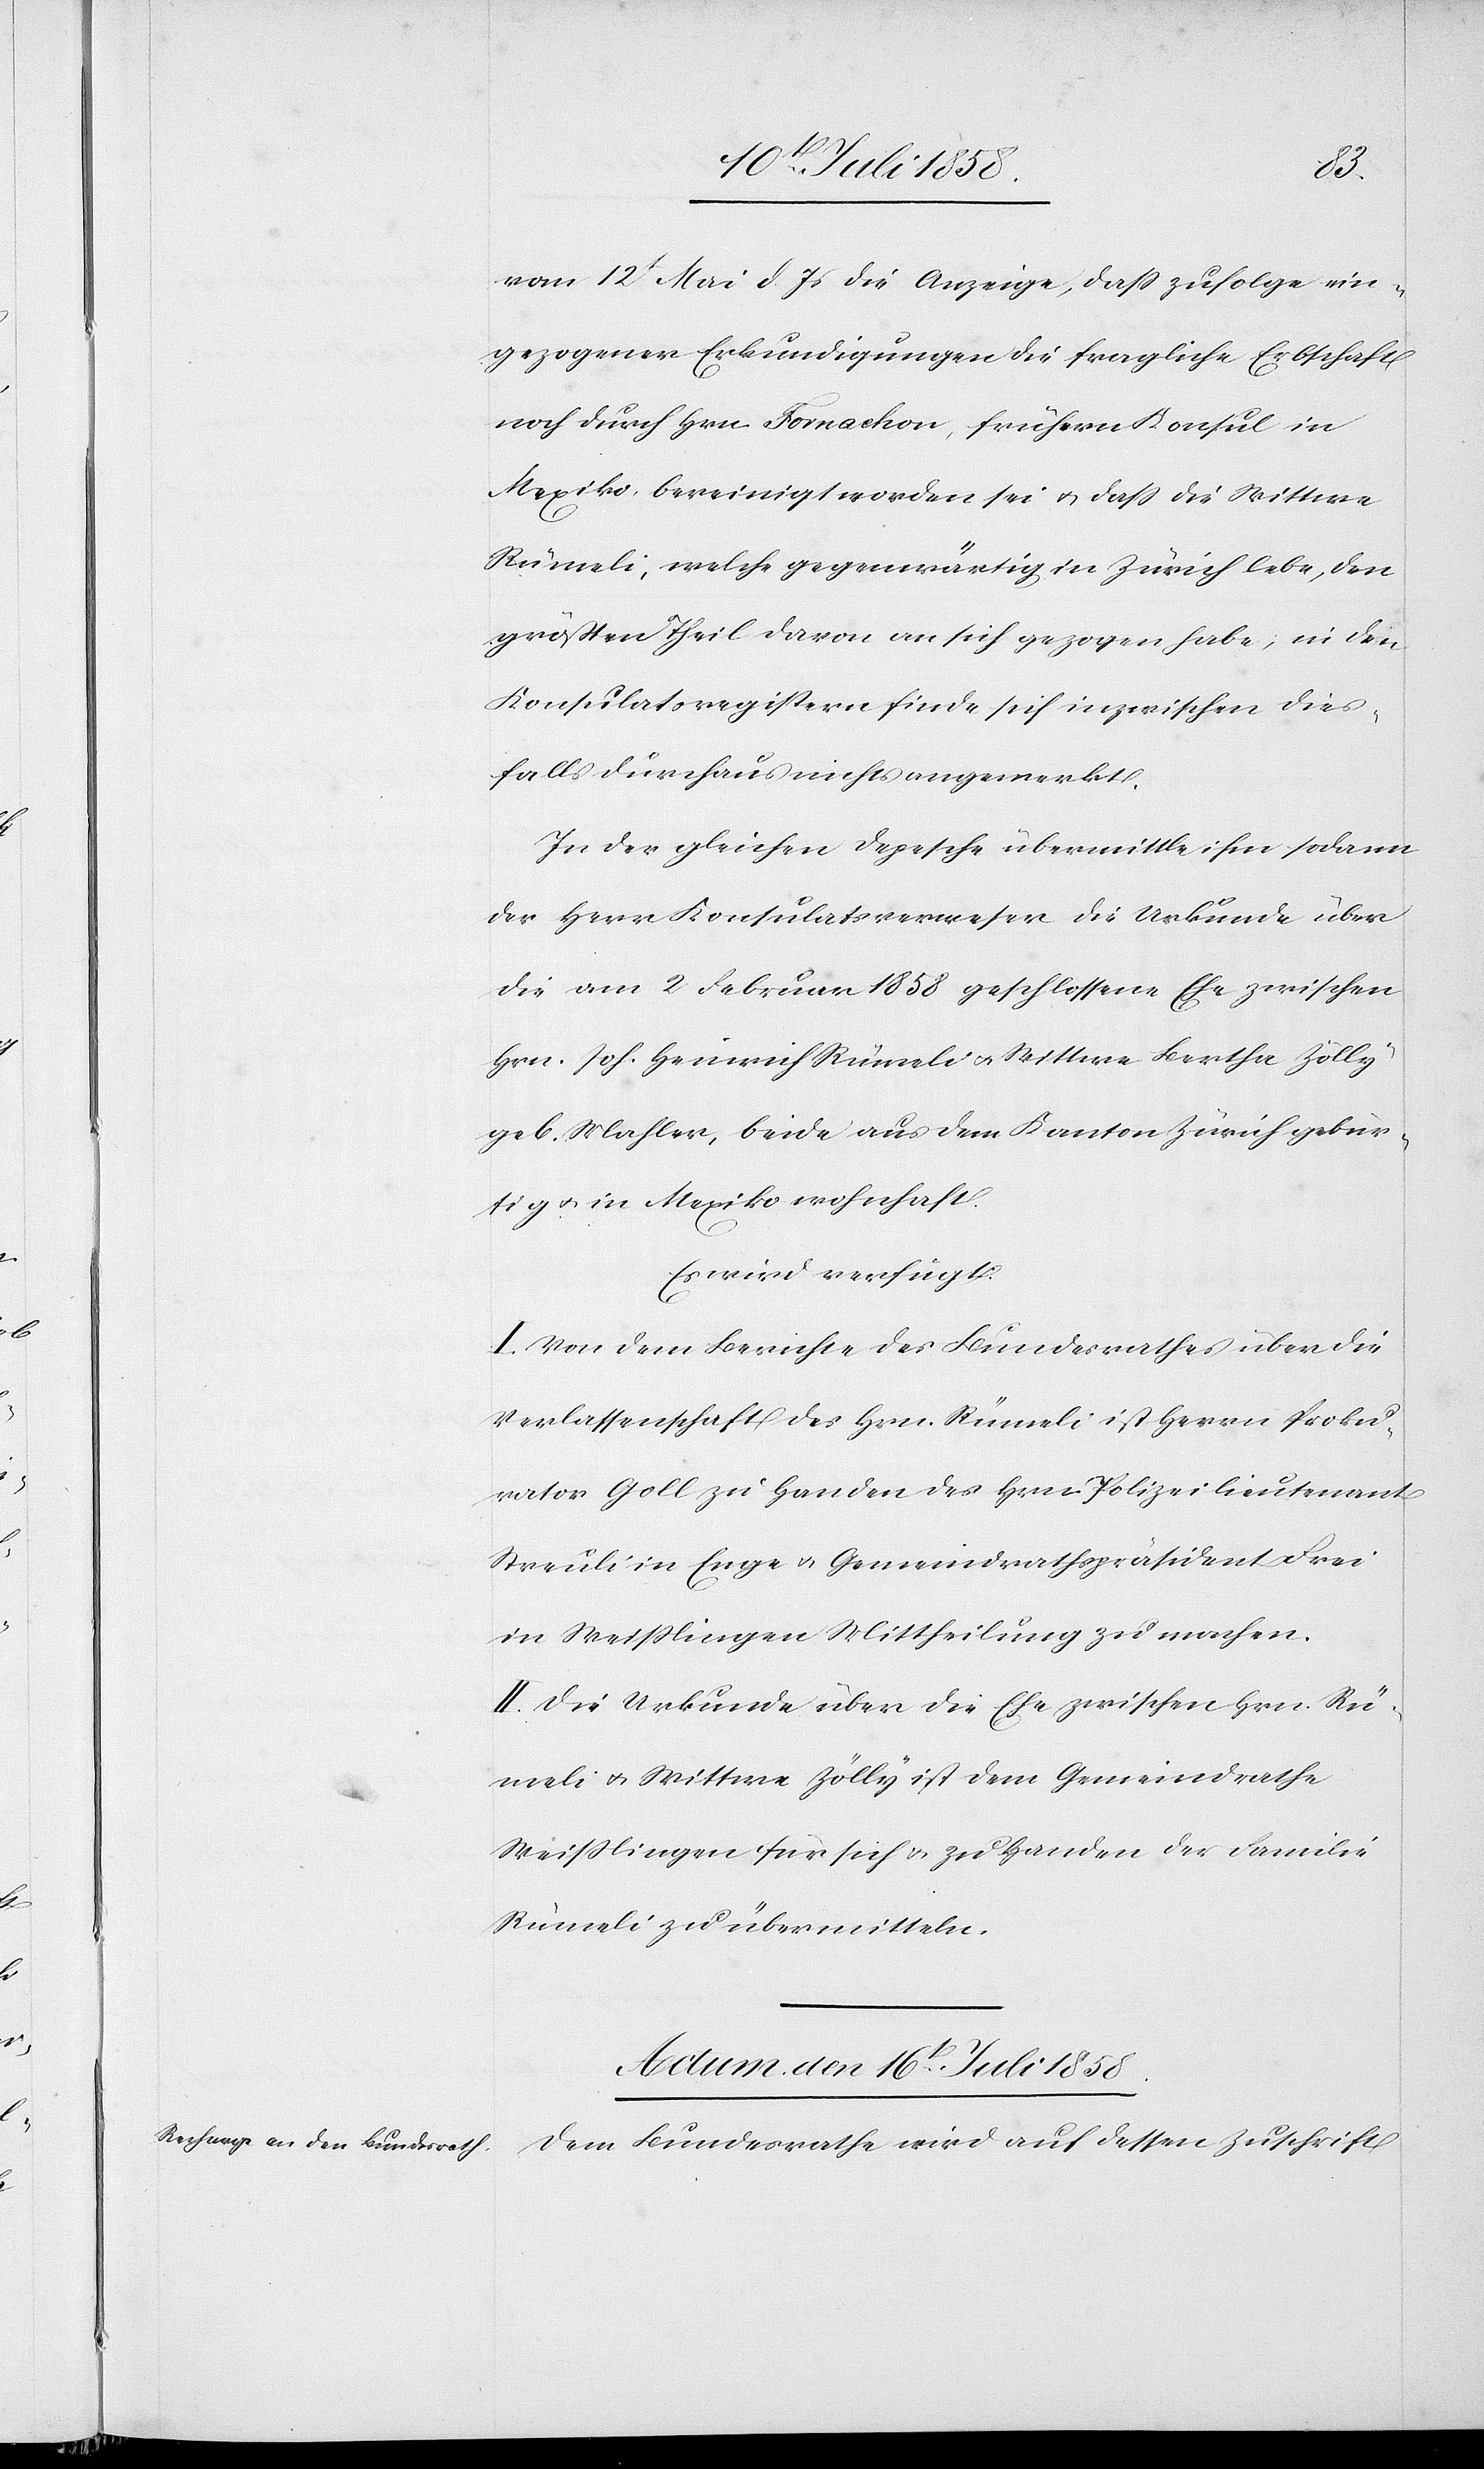
vom 12t Mai d. Js die Anzeige, dass zufolge ein¬
gezogener Erkundigungen die fragliche Erbschaft
noch durch Hrn. Fornachon, frühern Konsul in
Mexiko, bereinigt worden sei & dass die Wittwe
Rümeli, welche gegenwärtig in Zürich lebe, den
größten Theil davon an sich gezogen habe; in den
Konsulatsregistern finde sich inzwischen dies¬
falls durchaus nichts angemerkt.
In der gleichen Depesche übermittle ihm sodann
der Herr Konsulatsverweser die Urkunde über
die am 2 Februar 1858 geschlossene Ehe zwischen
Hrn. Joh. Heinrich Rümeli & Wittwe Bertha Zölly
geb. Mahler, beide aus dem Kanton Zürich gebür¬
tig & in Mexiko wohnhaft.
Es wird verfügt:
I. Von dem Berichte des Bundesrathes über die
Verlassenschaft des Hrn. Rümeli ist Herrn Proku¬
rator Goll zu Handen des Hrn. Polizeilieutenant
Streuli in Enge & Gemeindrathspräsident Frei
in Weisslingen Mittheilung zu machen.
II. Die Urkunde über die Ehe zwischen Hrn. Rü¬
meli & Wittwe Zölly ist dem Gemeindrathe
Weisslingen für sich & zu Handen der Familie
Rümeli zu übermitteln.
Actum den 16t. Juli 1858.
Dem Bundesrathe wird auf dessen Zuschrift